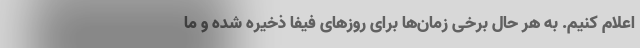
اعلام کنیم. به هر حال برخی زمان‌ها برای روزهای فیفا ذخیره شده و ما